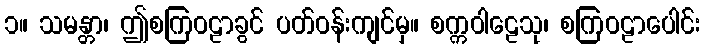
၁။ သမန္တာ၊ ဤစကြဝဠာခွင် ပတ်ဝန်းကျင်မှ။ စက္ကဝါဠေသု၊ စကြဝဠာပေါင်း